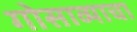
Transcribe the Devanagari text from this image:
गोसाव्याचा